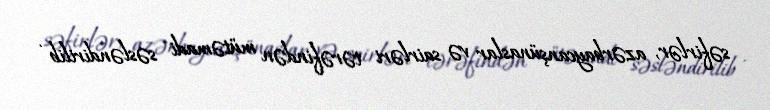
səfirlər, azərbaycanşünaslar və sairləri tərəfindən mütəmadi səsləndirilib .